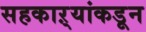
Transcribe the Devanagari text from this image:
सहकाऱ्यांकडून